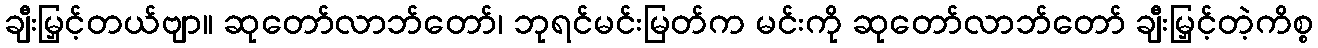
ချီးမြှင့်တယ်ဗျာ။ ဆုတော်လာဘ်တော်၊ ဘုရင်မင်းမြတ်က မင်းကို ဆုတော်လာဘ်တော် ချီးမြှင့်တဲ့ကိစ္စ